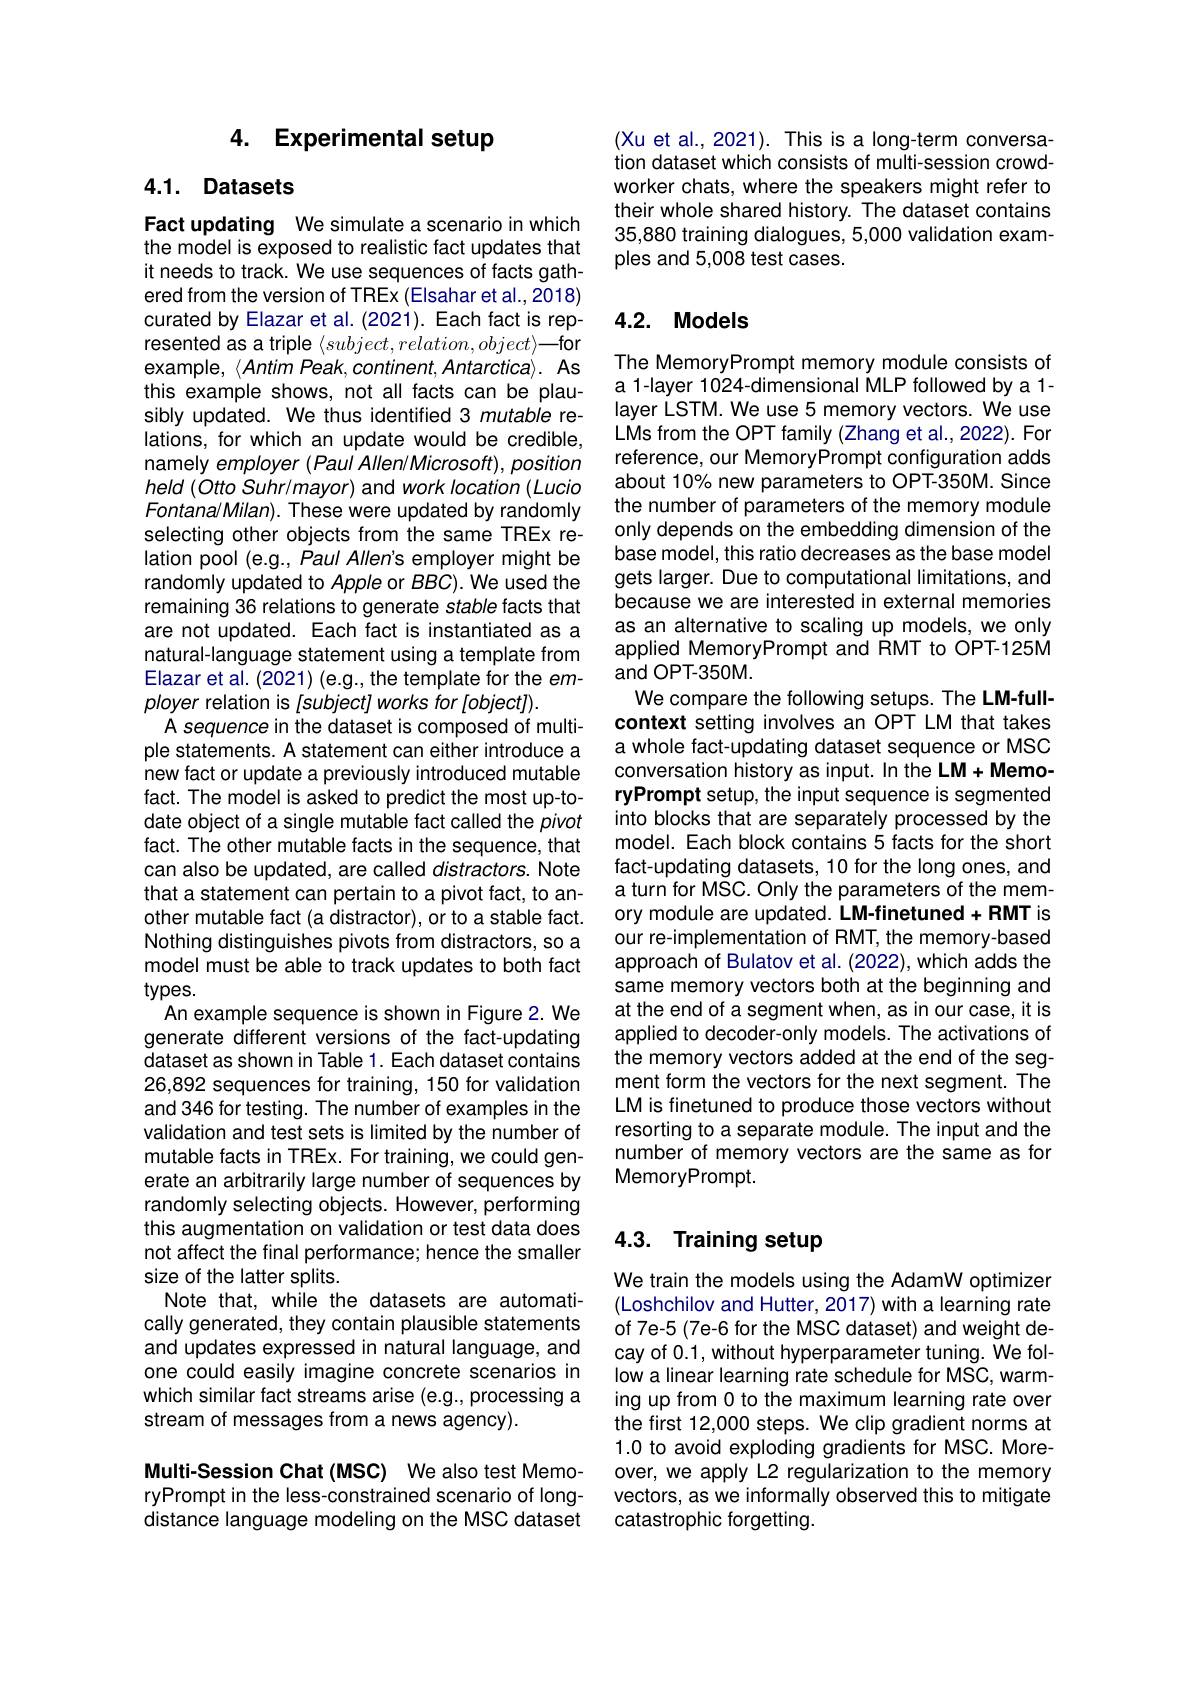
# 4. Experimental setup

## 4.1. Datasets

Fact updating We simulate a scenario in which the model is exposed to realistic fact updates that it needs to track. We use sequences of facts gathered from the version of TREx (EIsahar et al.,2018) curated by Elazar et al. (2021). Each fact is represented as a triple $\langle subject,relation,object\rangle$—for example, $\langle Antim$ Peak, continent, Antarctica>. As this example shows, not all facts can be plausibly updated. We thus identified 3 mutable relations, for which an update would be credible, namely employer (Paul Allen/Microsoft),position held $(OttoSuhr/mayor)$ and work location (Lucio Fontana/ Milan). These were updated by randomly selecting other objects from the same TREx relation pool (e.g., Paul Allen's employer might be randomly updated to Apple or $BBC).$ We used the remaining 36 relations to generate stable facts that are not updated. Each fact is instantiated as a natural-language statement using a template from Elazar et al. (2021) (e.g., the template for the employer relation is [subject] works for [object]).
A sequence in the dataset is composed of multiple statements. A statement can either introduce a new fact or update a previously introduced mutable fact. The model is asked to predict the most up-todate object of a single mutable fact called the pivot fact. The other mutable facts in the sequence, that can also be updated, are called distractors. Note that a statement can pertain to a pivot fact, to another mutable fact (a distractor), or to a stable fact. Nothing distinguishes pivots from distractors, so a model must be able to track updates to both fact types.
An example sequence is shown in Figure 2. We generate different versions of the fact-updating dataset as shown in Table 1. Each dataset contains 26,892 sequences for training, 150 for validation and 346 for testing. The number of examples in the validation and test sets is limited by the number of mutable facts in TREx. For training, we could generate an arbitrarily large number of sequences by randomly selecting objects. However, performing this augmentation on validation or test data does not affect the final performance; hence the smaller size of the latter splits.
Note that, while the datasets are automatically generated, they contain plausible statements and updates expressed in natural language, and one could easily imagine concrete scenarios in which similar fact streams arise (e.g., processing a stream of messages from a news agency).
Multi-Session Chat (MSC) We also test MemoryPrompt in the less-constrained scenario of long-

distance language modeling on the MSC dataset

(Xu et al., 2021). This is a long-term conversation dataset which consists of multi-session crowdworker chats, where the speakers might refer to their whole shared history. The dataset contains 35,880 training dialogues, 5,000 validation examples and 5,008 test cases.

## 4.2. Models

The MemoryPrompt memory module consists of a 1-layer 1024-dimensional MLP followed by a 1- layer LSTM. We use 5 memory vectors. We use LMs from the OPT family (Zhang et al., 2022). For reference, our MemoryPrompt configuration adds about 10% new parameters to OPT-350M. Since the number of parameters of the memory module only depends on the embedding dimension of the base model, this ratio decreases as the base model gets larger. Due to computational limitations, and because we are interested in external memories as an alternative to scaling up models, we only applied MemoryPrompt and RMT to OPT-125M and OPT-350M.
We compare the following setups. The LM-fullcontext setting involves an OPT LM that takes a whole fact-updating dataset sequence or MSC conversation history as input. In the LM+ MemoryPrompt setup, the input sequence is segmented into blocks that are separately processed by the model. Each block contains 5 facts for the short fact-updating datasets, 10 for the long ones, and a turn for MSC. Only the parameters of the memory module are updated. LM-finetuned+ RMT is our re-implementation of RMT, the memory-based approach of Bulatov et al. (2022), which adds the same memory vectors both at the beginning and at the end of a segment when, as in our case, it is applied to decoder-only models. The activations of the memory vectors added at the end of the segment form the vectors for the next segment. The LM is finetuned to produce those vectors without resorting to a separate module. The input and the number of memory vectors are the same as for MemoryPrompt.

# 4.3. Training setup

We train the models using the AdamW optimizer (Loshchilov and Hutter, 2017) with a learning rate of 7e-5 (7e-6 for the MSC dataset) and weight decay of 0.1, without hyperparameter tuning. We follow a linear learning rate schedule for MSC, warming up from 0 to the maximum learning rate over the first 12,000 steps. We clip gradient norms at 1.0 to avoid exploding gradients for MSC. Moreover, we apply L2 regularization to the memory vectors, as we informally observed this to mitigate catastrophic forgetting.